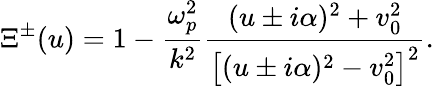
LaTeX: \Xi^{\pm}(u)=1-\frac{\omega_{p}^{2}}{k^{2}}\frac{(u\pm i\alpha)^{2}+v_{0}^{2}}{\left[(u\pm i\alpha)^{2}-v_{0}^{2}\right]^{2}}.